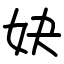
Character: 妜